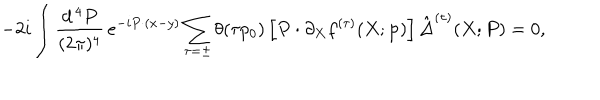
LaTeX: - 2 i \int \frac { d ^ { \, 4 } P } { ( 2 \pi ) ^ { 4 } } \, e ^ { - i P \cdot ( x - y ) } \sum _ { \tau = \pm } \theta ( \tau p _ { 0 } ) \left[ P \cdot \partial _ { X } f ^ { ( \tau ) } ( X ; { \bf p } ) \right] \hat { \Delta } ^ { ( \tau ) } ( X ; P ) = 0 ,